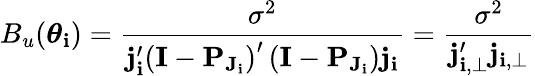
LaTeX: B_{u}(\boldsymbol\theta_{\mathbf{i}})=\frac{{\sigma^{2}}}{{\mathbf{{j}}_{\mathbf{i}}^{\prime}\left(\mathbf{{I}}-\mathbf{{P}}_{\mathbf{{J}}_{\mathbf{i}}}\right)^{\prime}\left(\mathbf{{I}}-\mathbf{{P}}_{\mathbf{{J}}_{\mathbf{i}}}\right)\mathbf{{j}}_{\mathbf{i}}}}=\frac{{\sigma^{2}}}{{\mathbf{{j}}_{\mathbf{i},\perp}^{\prime}\mathbf{{j}}_{\mathbf{i},\perp}}}